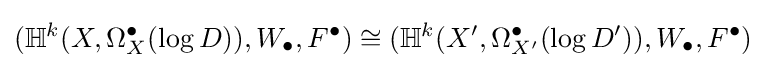
(\mathbb {H} ^{k}(X,\Omega _{X}^{\bullet }(\log D)),W_{\bullet },F^{\bullet })\cong (\mathbb {H} ^{k}(X',\Omega _{X'}^{\bullet }(\log D')),W_{\bullet },F^{\bullet })